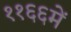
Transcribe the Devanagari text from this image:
११६६में